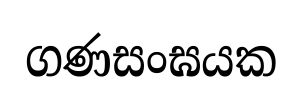
ගණසංඝයක